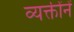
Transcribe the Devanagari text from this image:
व्यक्तींनें